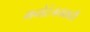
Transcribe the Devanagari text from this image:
मनोरंजनकारी